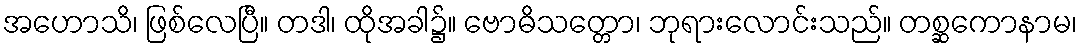
အဟောသိ၊ ဖြစ်လေပြီ။ တဒါ၊ ထိုအခါ၌။ ဗောဓိသတ္တော၊ ဘုရားလောင်းသည်။ တစ္ဆကောနာမ၊